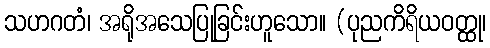
သဟဂတံ၊ အရိုအသေပြုခြင်းဟူသော။ (ပုညကိရိယဝတ္ထု၊